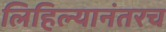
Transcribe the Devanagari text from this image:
लिहिल्यानंतरच